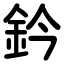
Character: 鈐